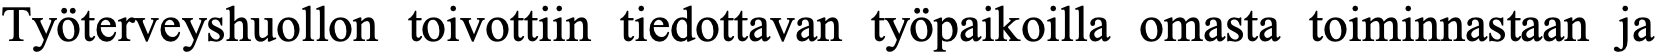
Työterveyshuollon toivottiin tiedottavan työpaikoilla omasta toiminnastaan ja